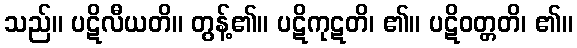
သည်။ ပဋိလီယတိ။ တွန့်၏။ ပဋိကုဋတိ၊ ၏။ ပဋိဝတ္တတိ၊ ၏။